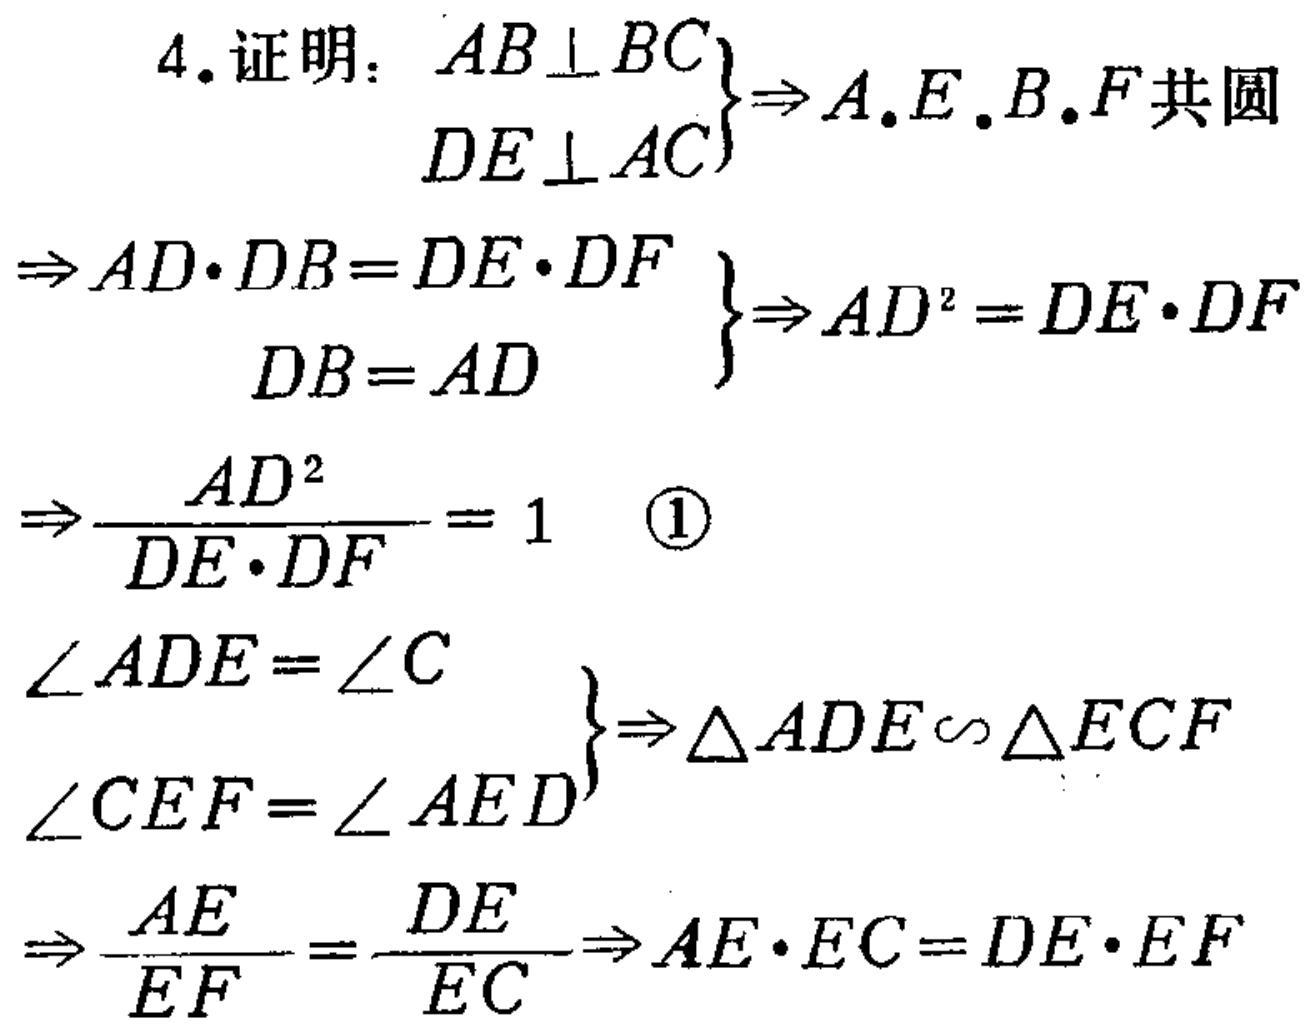
4. 证明：
\left.\begin{array}{l}
AB\perp BC\\
DE\perp AC
\end{array}\right\}\Rightarrow A.E.B.F\text{ 共圆}
\left.\begin{array}{l}
\Rightarrow AD\cdot DB = DE\cdot DF\\
DB = AD
\end{array}\right\}\Rightarrow AD^{2}=DE\cdot DF
\Rightarrow\frac{AD^{2}}{DE\cdot DF}=1 \quad\textcircled{1}
\left.\begin{array}{l}
\angle ADE=\angle C\\
\angle CEF=\angle AED
\end{array}\right\}\Rightarrow\triangle ADE\sim\triangle ECF
\Rightarrow\frac{AE}{EF}=\frac{DE}{EC}\Rightarrow AE\cdot EC = DE\cdot EF